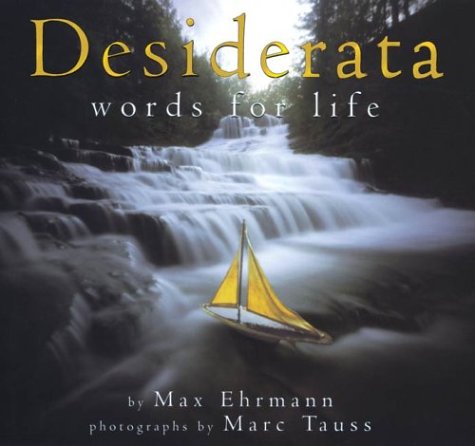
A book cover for Desiderata: Words for Life; Max Ehrmann; Teen & Young Adult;